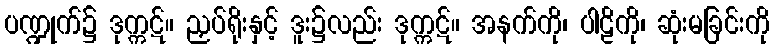
ပဏ္ဍုက်၌ ဒုက္ကဋ်။ ညှပ်ရိုးနှင့် ဒူး၌လည်း ဒုက္ကဋ်။ အနက်ကို၊ ပါဠိကို၊ ဆုံးမခြင်းကို